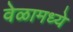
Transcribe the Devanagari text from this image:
वेळामध्ये